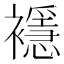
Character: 𧞎